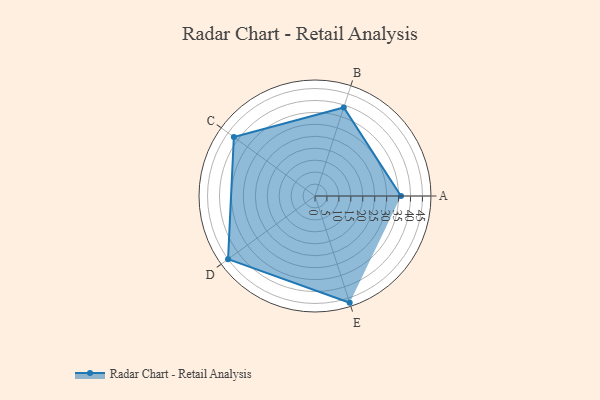
{"axis": {"x": "Skill", "y": "Score"}, "legend": ["Profile"], "data": [{"x": "A", "y": 36.0, "type": "Profile"}, {"x": "B", "y": 39.0, "type": "Profile"}, {"x": "C", "y": 42.0, "type": "Profile"}, {"x": "D", "y": 45.0, "type": "Profile"}, {"x": "E", "y": 47.0, "type": "Profile"}]}